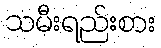
သမီးရည်းစား